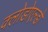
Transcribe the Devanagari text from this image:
क्लोडोएल्डो